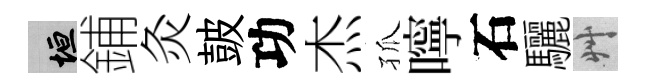
垣鋪灸皷功杰孤嚀石驪艸